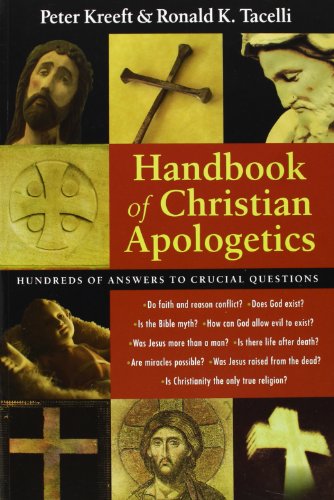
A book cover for Handbook of Christian Apologetics; Peter Kreeft; Christian Books & Bibles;